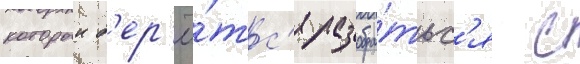
которыи б'ер'ё́тс'я разобра́тьс'я с